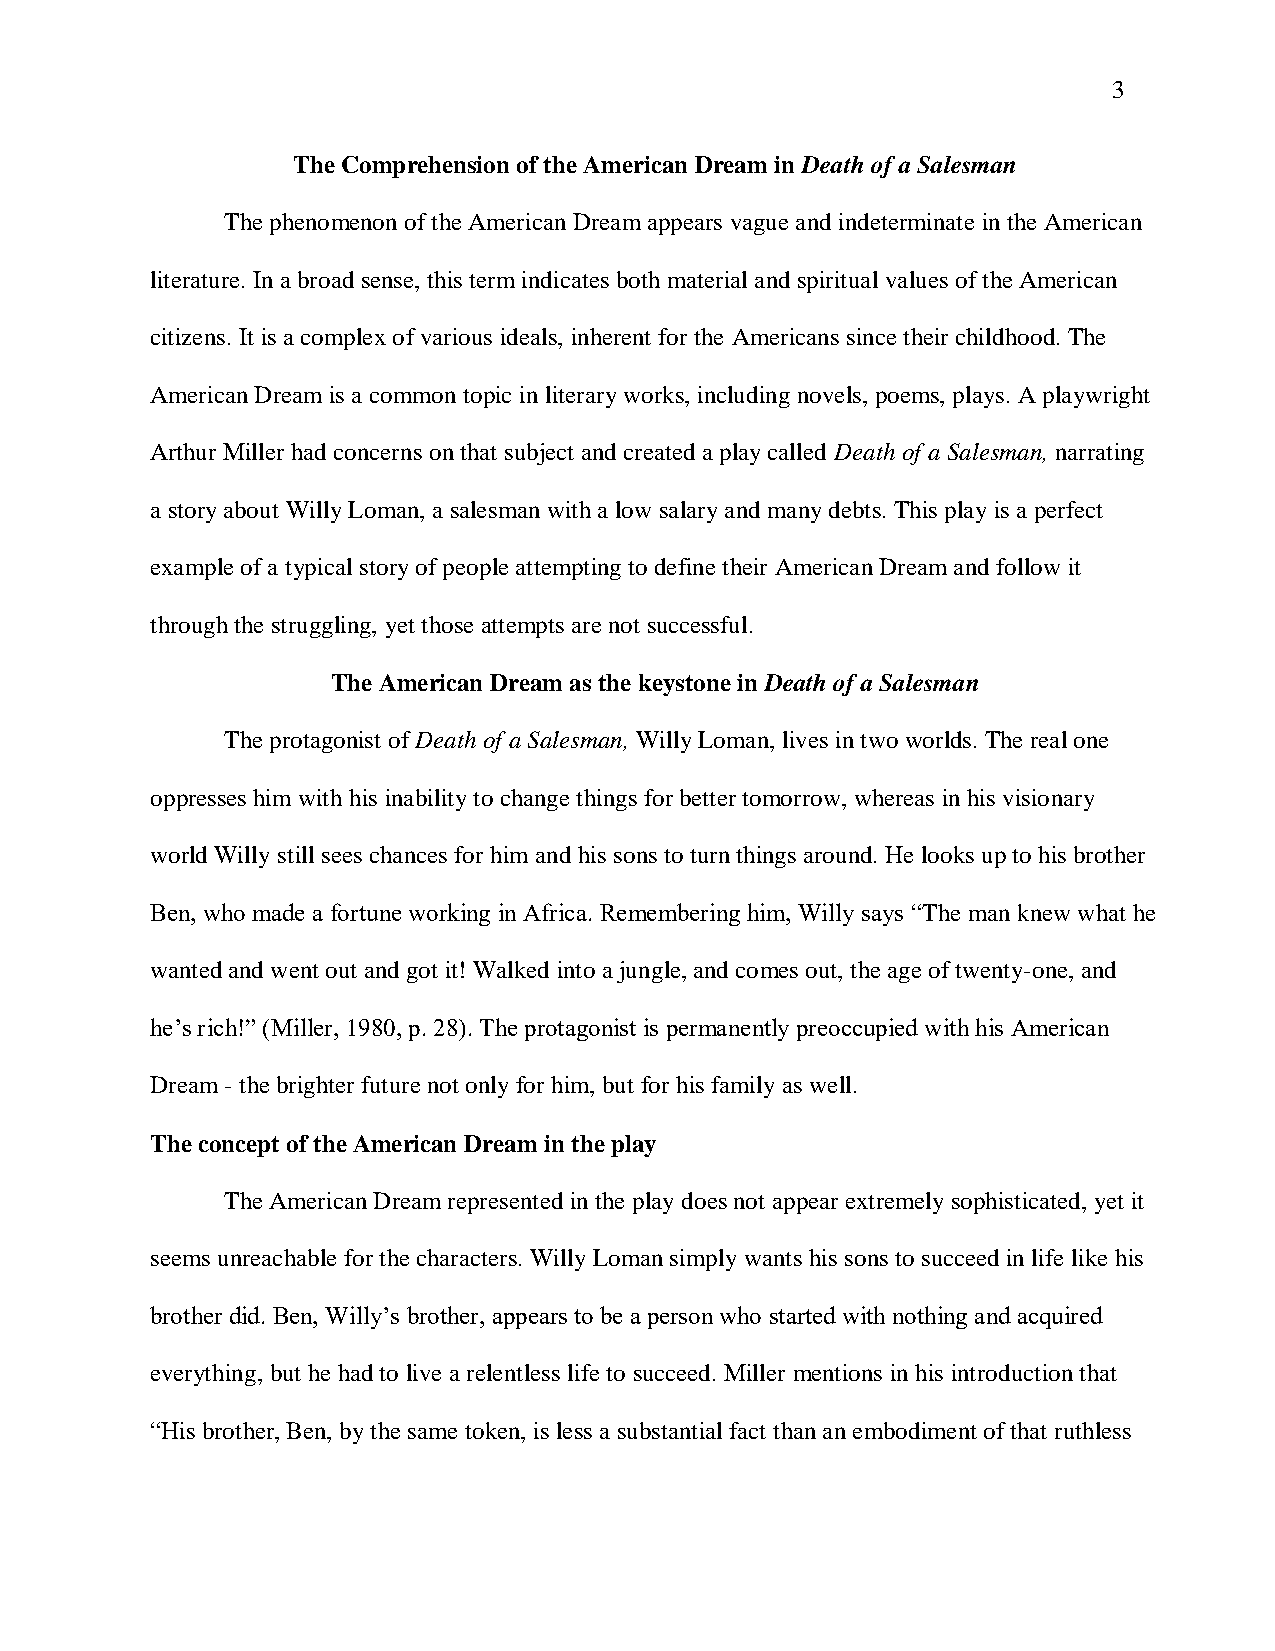
3
 The Comprehension of the American Dream in Death of a Salesman
 The phenomenon of the American Dream appears vague and indeterminate in the American
 literature. In a broad sense, this term indicates both material and spiritual values of the American
 citizens. It is a complex of various ideals, inherent for the Americans since their childhood. The
 American Dream is a common topic in literary works, including novels, poems, plays. A playwright
 Arthur Miller had concerns on that subject and created a play called Death of a Salesman, narrating
 a story about Willy Loman, a salesman with a low salary and many debts. This play is a perfect
 example of a typical story of people attempting to define their American Dream and follow it
 through the struggling, yet those attempts are not successful.
 The American Dream as the keystone in Death of a Salesman
 The protagonist of Death of a Salesman, Willy Loman, lives in two worlds. The real one
 oppresses him with his inability to change things for better tomorrow, whereas in his visionary
 world Willy still sees chances for him and his sons to turn things around. He looks up to his brother
 Ben, who made a fortune working in Africa. Remembering him, Willy says “The man knew what he
 wanted and went out and got it! Walked into a jungle, and comes out, the age of twenty-one, and
 he’s rich!” (Miller, 1980, p. 28). The protagonist is permanently preoccupied with his American
 Dream - the brighter future not only for him, but for his family as well.
 The concept of the American Dream in the play
 The American Dream represented in the play does not appear extremely sophisticated, yet it
 seems unreachable for the characters. Willy Loman simply wants his sons to succeed in life like his
 brother did. Ben, Willy’s brother, appears to be a person who started with nothing and acquired
 everything, but he had to live a relentless life to succeed. Miller mentions in his introduction that
 “His brother, Ben, by the same token, is less a substantial fact than an embodiment of that ruthless